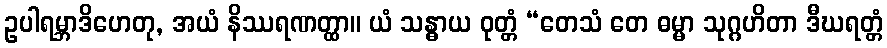
ဥပါရမ္ဘာဒိဟေတု, အယံ နိဿရဏတ္ထာ။ ယံ သန္ဓာယ ဝုတ္တံ “တေသံ တေ ဓမ္မာ သုဂ္ဂဟိတာ ဒီဃရတ္တံ